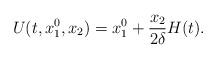
LaTeX: \begin{align*} U(t,x_1^0,x_2)=x_1^0+\frac{x_2}{2\delta }H(t).\end{align*}